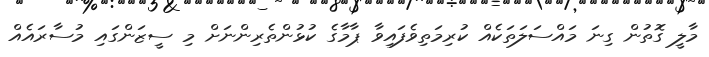
މާލީ ގޮތުން ގިނަ މައްސަލަތަކެއް ކުރިމަތިވެފައިވާ ޕާމާގެ ކުޅުންތެރިންނަށް މި ސީޒަންގައި މުސާރައެއް